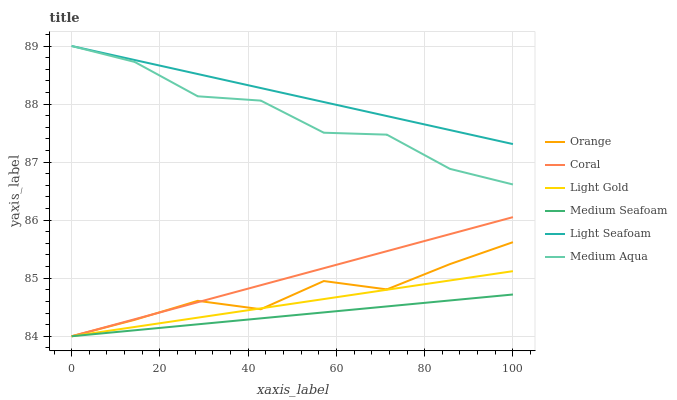
| xaxis_label | Orange | Coral | Light Gold | Medium Seafoam | Light Seafoam | Medium Aqua |
 | --- | --- | --- | --- | --- | --- | --- |
 | 0 | 84 | 84 | 84 | 84 | 89 | 89 |
 | 14.3 | 84.3 | 84.3 | 84.2 | 84.1 | 88.8 | 88.7 |
 | 28.6 | 84.6 | 84.6 | 84.3 | 84.2 | 88.5 | 88.1 |
 | 42.9 | 84.5 | 84.9 | 84.5 | 84.3 | 88.3 | 88.1 |
 | 57.1 | 85 | 85.2 | 84.6 | 84.4 | 88 | 87.5 |
 | 71.4 | 84.8 | 85.5 | 84.8 | 84.5 | 87.8 | 87.5 |
 | 85.7 | 85.2 | 85.8 | 85 | 84.6 | 87.6 | 86.9 |
 | 100 | 85.6 | 86.1 | 85.1 | 84.7 | 87.3 | 86.6 |